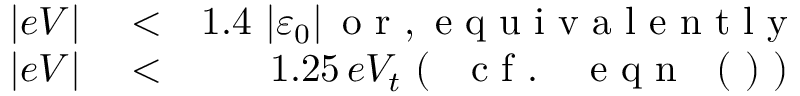
\begin{array} { r l r } { \vert e V \vert } & { { } < } & { 1 . 4 \, \left\vert \varepsilon _ { 0 } \right\vert \mathrm { ~ o ~ r ~ , ~ e ~ q ~ u ~ i ~ v ~ a ~ l ~ e ~ n ~ t ~ l ~ y ~ } } \\ { \vert e V \vert } & { { } < } & { 1 . 2 5 \, e V _ { t } \mathrm { ~ ( ~ \emph ~ { ~ c ~ f ~ . ~ } ~ ~ ~ e ~ q ~ n ~ ~ ~ ( ~ ) ~ ) ~ } } \end{array}